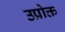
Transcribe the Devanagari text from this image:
उप्रोक्त